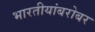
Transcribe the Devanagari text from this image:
भारतीयांबरोबर